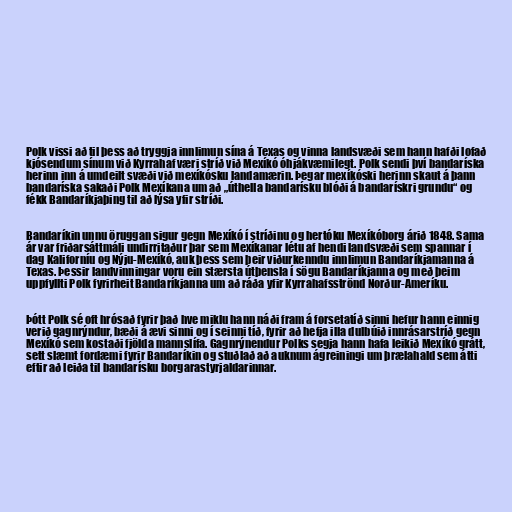
Polk vissi að til þess að tryggja innlimun sína á Texas og vinna landsvæði sem hann hafði lofað
kjósendum sínum við Kyrrahaf væri stríð við Mexíkó óhjákvæmilegt. Polk sendi því bandaríska
herinn inn á umdeilt svæði við mexíkósku landamærin. Þegar mexíkóski herinn skaut á þann
bandaríska sakaði Polk Mexíkana um að „úthella bandarísku blóði á bandarískri grundu“ og
fékk Bandaríkjaþing til að lýsa yfir stríði.

Bandaríkin unnu öruggan sigur gegn Mexíkó í stríðinu og hertóku Mexíkóborg árið 1848. Sama
ár var friðarsáttmáli undirritaður þar sem Mexíkanar létu af hendi landsvæði sem spannar í
dag Kaliforníu og Nýju-Mexíkó, auk þess sem þeir viðurkenndu innlimun Bandaríkjamanna á
Texas. Þessir landvinningar voru ein stærsta útþensla í sögu Bandaríkjanna og með þeim
uppfyllti Polk fyrirheit Bandaríkjanna um að ráða yfir Kyrrahafsströnd Norður-Ameríku.

Þótt Polk sé oft hrósað fyrir það hve miklu hann náði fram á forsetatíð sinni hefur hann einnig
verið gagnrýndur, bæði á ævi sinni og í seinni tíð, fyrir að hefja illa dulbúið innrásarstríð gegn
Mexíkó sem kostaði fjölda mannslífa. Gagnrýnendur Polks segja hann hafa leikið Mexíkó grátt,
sett slæmt fordæmi fyrir Bandaríkin og stuðlað að auknum ágreiningi um þrælahald sem átti
eftir að leiða til bandarísku borgarastyrjaldarinnar.